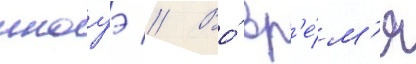
иноуэ // Во́ вр'е́м'я